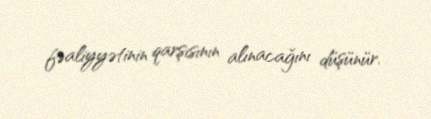
fəaliyyətinin qarşısının alınacağını düşünür.